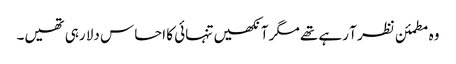
وہ مطمئن نظر آ رہے تھے مگر آنکھیں تنہائی کا احساس دلا رہی تھیں۔